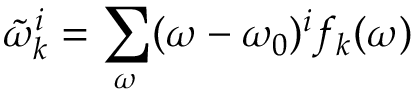
\tilde { \omega } _ { k } ^ { i } = \sum _ { \omega } ( \omega - \omega _ { 0 } ) ^ { i } f _ { k } ( \omega )